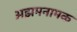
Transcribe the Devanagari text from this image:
अझमनामक